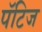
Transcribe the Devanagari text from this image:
पॅटिज